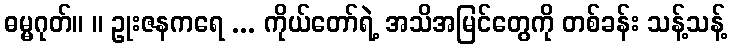
ဓမ္မဂုတ်။ ။ ဥုးဇနကရေ ... ကိုယ်တော်ရဲ့ အသိအမြင်တွေကို တစ်ခန်း သန့်သန့်